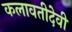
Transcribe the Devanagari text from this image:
कलावतीदेवी